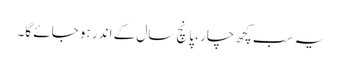
یہ سب کچھ چار ،پانچ سال کے اندر ہو جائے گا۔